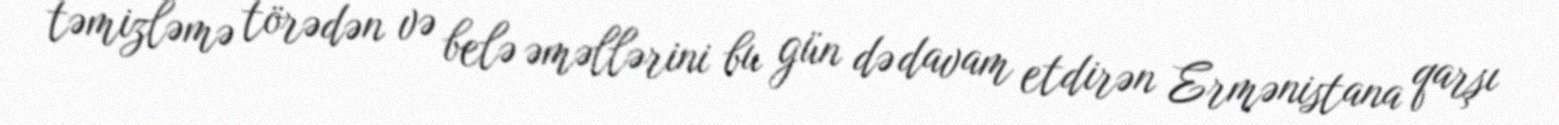
təmizləmə törədən və belə əməllərini bu gün də davam etdirən Ermənistana qarşı